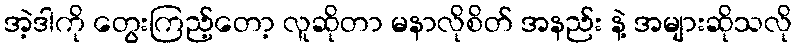
အဲ့ဒါကို တွေးကြည့်တော့ လူဆိုတာ မနာလိုစိတ် အနည်း နဲ့ အများဆိုသလို